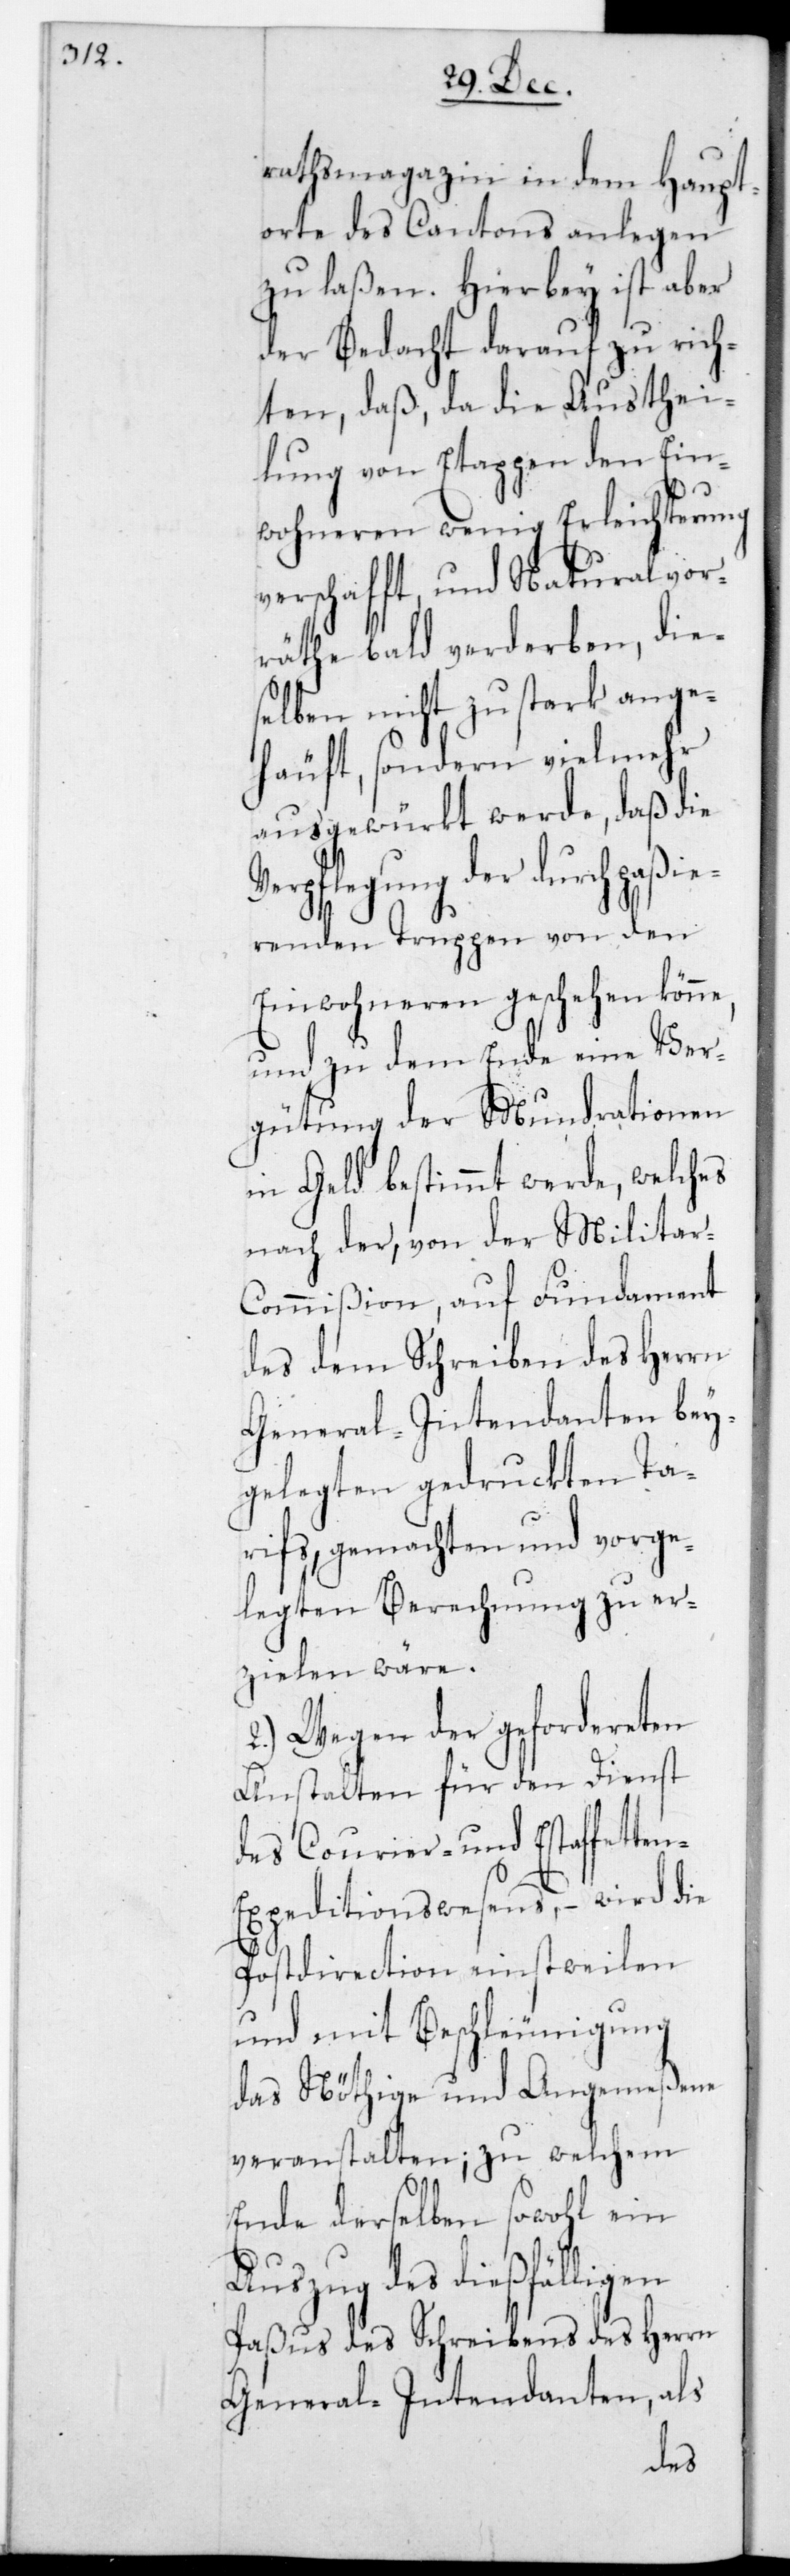
rathsmagazin in dem Haupt¬
orte des Canton anlegen
zu laßen. Hierbey ist aber
der Bedacht darauf zu rich¬
ten, daß da die Austhei¬
lung von Etappen den Ein¬
wohneren wenig Erleichterung
verschafft, und Naturalvor¬
räthe bald verderben, die¬
selben nicht zu stark ange¬
häuft, sondern vielmehr
ausgewürkt werde, daß die
erpflegung der durchpaßie¬
renden Truppen von den
Einwohneren geschehen könne,
und zu dem Ende eine Ver¬
gütung der Mundrationen
in Geld bestimmt werde, welches
nach der, von der Militar-C¬
ommißion auf Fundament
des dem Schreiben des Herrn
General-Intendanten bey¬
gelegten gedruckten Ta¬
rifs, gemachten und vorge¬
legten Berechnung zu er¬
zielen wäre.
2.) Wegen der gefordereten
Anstalten für den Dienst
des Courier- und Estaffette¬
n-Expeditionswesens, – wird die
Postdirection einstweilen
und mit Beschleunigung
das nöthige und Angemeßene
veranstalten; zu welchem
A¬
Ende derselben sowohl ein
uszug des dießfälligen
Paßus des Schreibens des Herrn
General-Intendanten, als